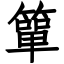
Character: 簞